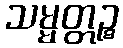
သမ္မတ္တဉ္စ